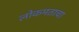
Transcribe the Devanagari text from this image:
लोकमताचा